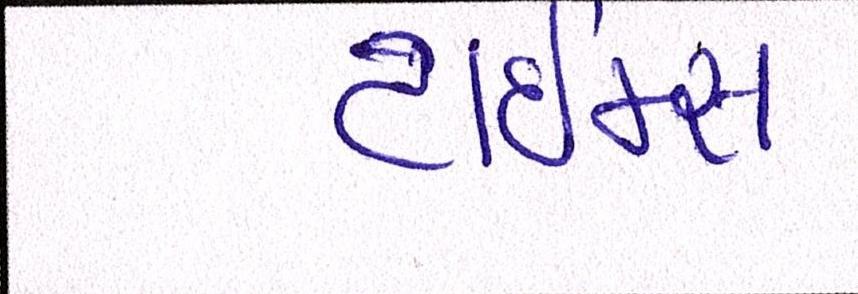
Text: ટાઈમ્સ